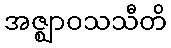
အဇ္ဈာဝသသီတိ